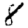
Digit: 8